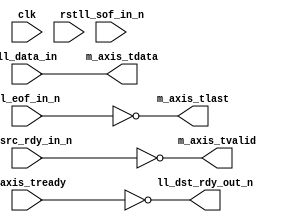
/*

Copyright (c) 2014-2018 Alex Forencich

Permission is hereby granted, free of charge, to any person obtaining a copy
of this software and associated documentation files (the "Software"), to deal
in the Software without restriction, including without limitation the rights
to use, copy, modify, merge, publish, distribute, sublicense, and/or sell
copies of the Software, and to permit persons to whom the Software is
furnished to do so, subject to the following conditions:

The above copyright notice and this permission notice shall be included in
all copies or substantial portions of the Software.

THE SOFTWARE IS PROVIDED "AS IS", WITHOUT WARRANTY OF ANY KIND, EXPRESS OR
IMPLIED, INCLUDING BUT NOT LIMITED TO THE WARRANTIES OF MERCHANTABILITY
FITNESS FOR A PARTICULAR PURPOSE AND NONINFRINGEMENT. IN NO EVENT SHALL THE
AUTHORS OR COPYRIGHT HOLDERS BE LIABLE FOR ANY CLAIM, DAMAGES OR OTHER
LIABILITY, WHETHER IN AN ACTION OF CONTRACT, TORT OR OTHERWISE, ARISING FROM,
OUT OF OR IN CONNECTION WITH THE SOFTWARE OR THE USE OR OTHER DEALINGS IN
THE SOFTWARE.

*/

// Language: Verilog 2001

`resetall
`timescale 1ns / 1ps
`default_nettype none

/*
 * LocalLink to AXI4-Stream bridge
 */
module ll_axis_bridge #
(
    parameter DATA_WIDTH = 8
)
(
    input  wire                   clk,
    input  wire                   rst,

    /*
     * LocalLink input
     */
    input  wire [DATA_WIDTH-1:0]  ll_data_in,
    input  wire                   ll_sof_in_n,
    input  wire                   ll_eof_in_n,
    input  wire                   ll_src_rdy_in_n,
    output wire                   ll_dst_rdy_out_n,

    /*
     * AXI output
     */
    output wire [DATA_WIDTH-1:0]  m_axis_tdata,
    output wire                   m_axis_tvalid,
    input  wire                   m_axis_tready,
    output wire                   m_axis_tlast
);

assign m_axis_tdata = ll_data_in;
assign m_axis_tvalid = !ll_src_rdy_in_n;
assign m_axis_tlast = !ll_eof_in_n;

assign ll_dst_rdy_out_n = !m_axis_tready;

endmodule

`resetall